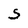
Character: S